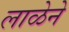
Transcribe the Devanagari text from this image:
लाळेने